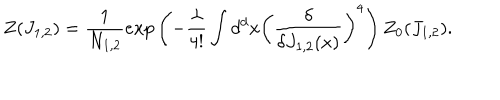
LaTeX: Z ( J _ { 1 , 2 } ) = \frac { 1 } { N _ { 1 , 2 } } e x p \left( - \frac { \lambda } { 4 ! } \int d ^ { d } x \left( \frac { \delta } { \delta J _ { 1 , 2 } ( x ) } \right) ^ { 4 } \right) Z _ { 0 } ( J _ { 1 , 2 } ) .